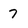
Character: 7